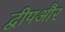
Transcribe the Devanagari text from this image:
द्वीपऔर